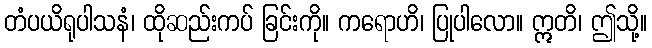
တံပယိရုပါသနံ၊ ထိုဆည်းကပ် ခြင်းကို။ ကရောဟိ၊ ပြုပါလော။ ဣတိ၊ ဤသို့။